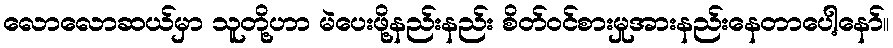
လောလောဆယ်မှာ သူတို့ဟာ မဲပေးဖို့နည်းနည်း စိတ်ဝင်စားမှုအားနည်းနေတာပေါ့နော်။